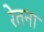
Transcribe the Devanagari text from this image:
रेतना